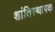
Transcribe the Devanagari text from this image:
शांतिस्थापक